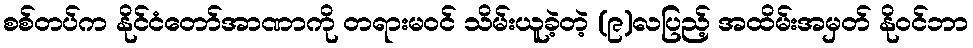
စစ်တပ်က နိုင်ငံတော်အာဏာကို တရားမဝင် သိမ်းယူခဲ့တဲ့ (၉)လပြည့် အထိမ်းအမှတ် နိုဝင်ဘာ